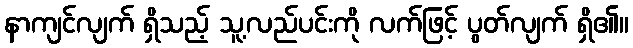
နာကျင်လျက် ရှိသည့် သူ့လည်ပင်းကို လက်ဖြင့် ပွတ်လျက် ရှိ၏။